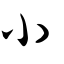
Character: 小